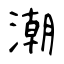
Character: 潮